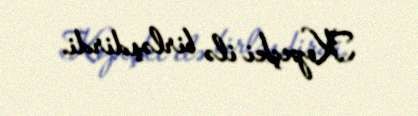
Kopeçki ilə birləşdirdi.